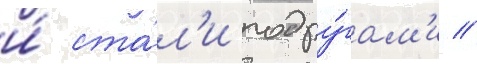
и́ ста́л'и подру́гам'и //